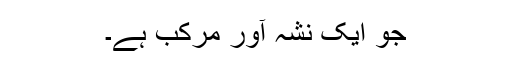
جو ایک نشہ آور مرکب ہے۔